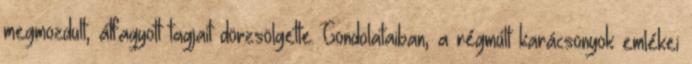
megmozdult, átfagyott tagjait dörzsölgette. Gondolataiban, a régmúlt karácsonyok emlékei